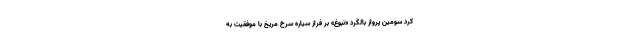
کرد سومین پرواز بالگرد «نبوغ» بر فراز سیاره سرخ مریخ با موفقیت به